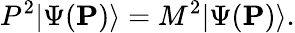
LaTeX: P^{2}|\Psi({\mathbf P})\rangle=M^{2}|\Psi({\mathbf P})\rangle.